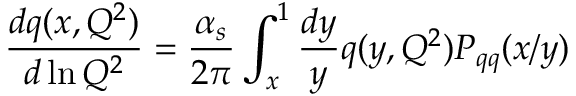
\frac { d q ( x , Q ^ { 2 } ) } { d \ln Q ^ { 2 } } = \frac { \alpha _ { s } } { 2 \pi } \int _ { x } ^ { 1 } \frac { d y } { y } q ( y , Q ^ { 2 } ) P _ { q q } ( x / y )